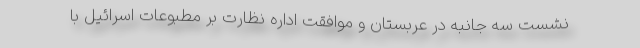
نشست سه جانبه در عربستان و موافقت اداره نظارت بر مطبوعات اسرائیل با